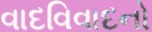
વાદવિવાદનો